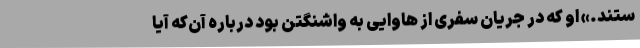
ستند.» او که در جریان سفری از هاوایی به واشنگتن بود درباره آن‌که آیا